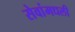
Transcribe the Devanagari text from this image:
सेवांमधली